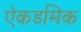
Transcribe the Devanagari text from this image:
ऐकडमिक